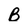
Character: B